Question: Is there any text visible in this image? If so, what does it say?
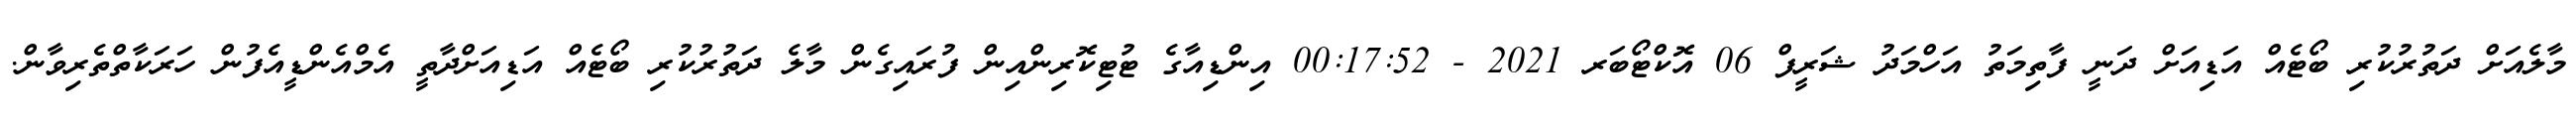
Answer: މާލެއަށް ދަތުރުކުރި ބޯޓެއް އަޑިއަށް ދަނީ ފާތިމަތު އަހްމަދު ޝަރީފް 06 އޮކްޓޯބަރ 2021 - 00:17:52 އިންޑިއާގެ ޓުޓިކޮރިންއިން ފުރައިގެން މާލެ ދަތުރުކުރި ބޯޓެއް އަޑިއަށްދާތީ އެމްއެންޑީއެފުން ހަރަކާތްތެރިވާން.